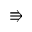
\Rrightarrow